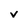
Character: v